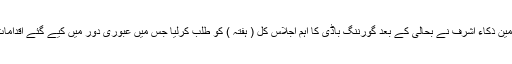
2014ء)پاکستان کرکٹ بورڈ کے چیئر مین ذکاء اشرف نے بحالی کے بعد گورننگ باڈی کا اہم اجلاس کل ( ہفتہ ) کو طلب کرلیا جس میں عبوری دور میں کیے گئے اقدامات کے حوالے سے اہم فیصلے متوقع ہیں ۔